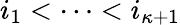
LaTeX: i_{1}<\cdots<i_{\kappa+1}